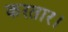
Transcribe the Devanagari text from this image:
करतार।